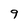
Character: 9